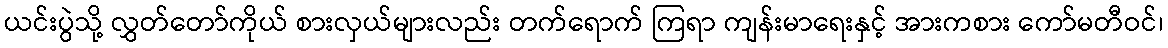
ယင်းပွဲသို့ လွှတ်တော်ကိုယ် စားလှယ်များလည်း တက်ရောက် ကြရာ ကျန်းမာရေးနှင့် အားကစား ကော်မတီဝင်၊